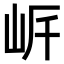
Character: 𡶨